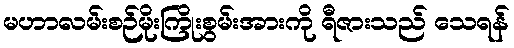
မဟာလမ်းစဉ်မိုးကြိုးစွမ်းအားကို ရီဇားသည် သေရန်